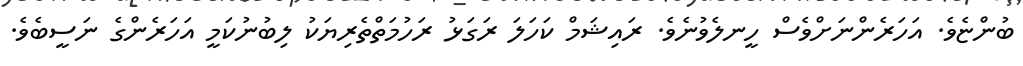
ބުންޏެވެ. އަހަރެންނަށްވެސް ހީނލެވުނެވެ. ރައިޝަމް ކަހަލަ ރަގަޅު ރަހުމަތްތެރިޔަކު ލިބުނުކަމީ އަަހަރެންގެ ނަސީބެވެ.